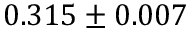
0 . 3 1 5 \pm 0 . 0 0 7